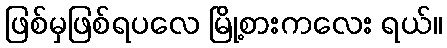
ဖြစ်မှဖြစ်ရပလေ မြို့စားကလေး ရယ်။